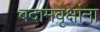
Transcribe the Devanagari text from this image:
बदामवृक्षांना